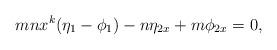
LaTeX: \begin{align*}mnx^k(\eta_1-\phi_1)-n\eta_{2x}+m\phi_{2x}=0,\end{align*}